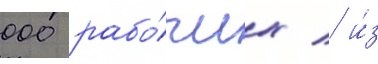
000 рабо́чих / и́з